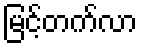
မြင့်တက်လာ